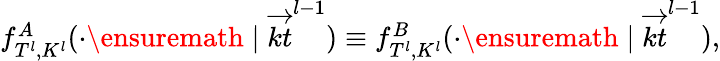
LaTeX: \begin{array}{r}{f_{T^{l},K^{l}}^{A}(\cdot\ensuremath{\; |\; }\overrightarrow{kt}^{l-1})\equiv f_{T^{l},K^{l}}^{B}(\cdot\ensuremath{\; |\; }\overrightarrow{kt}^{l-1}),}\end{array}